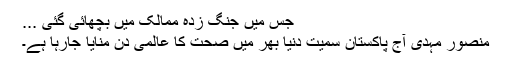
جس میں جنگ زدہ ممالک میں بچھائی گئی ...
منصور مہدی آج پاکستان سمیت دنیا بھر میں صحت کا عالمی دن منایا جارہا ہے۔